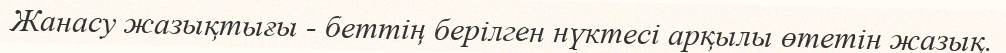
Жанасу жазықтығы - беттің берілген нүктесі арқылы өтетін жазық.